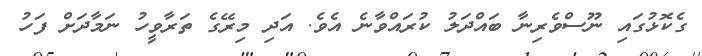
ގެކޮޅުގައި ނޫސްވެރިނާ ބައްދަލު ކުރައްވާނެ އެވެ. އަދި މިރޭގެ ތަރާވީހު ނަމާދަށް ފަހު